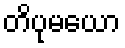
တိပုမယော